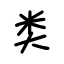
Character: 类